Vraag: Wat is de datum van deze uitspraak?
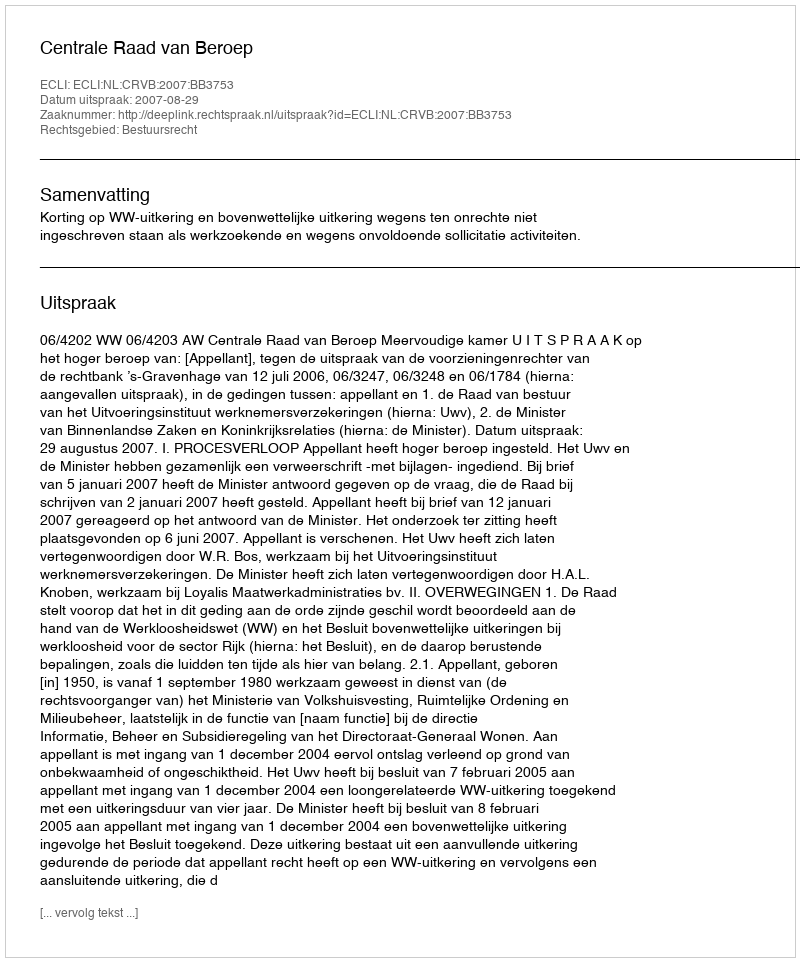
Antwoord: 2007-08-29